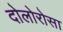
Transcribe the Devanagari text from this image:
दोलोरोसा